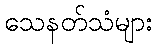
သေနတ်သံများ